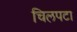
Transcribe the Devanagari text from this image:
चिलपटा